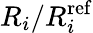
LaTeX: R_{i}/R_{i}^{\mathrm{ref}}